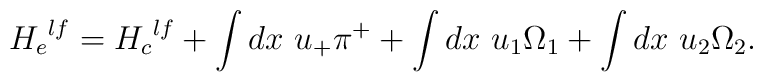
{H_e}^{lf} = {H_c}^{lf} + \int dx~u_{+}\pi^{+}+\int dx~u_{1}\Omega_1 +\int dx~u_{2}\Omega_{2}.